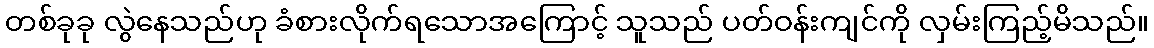
တစ်ခုခု လွဲနေသည်ဟု ခံစားလိုက်ရသောအကြောင့် သူသည် ပတ်ဝန်းကျင်ကို လှမ်းကြည့်မိသည်။